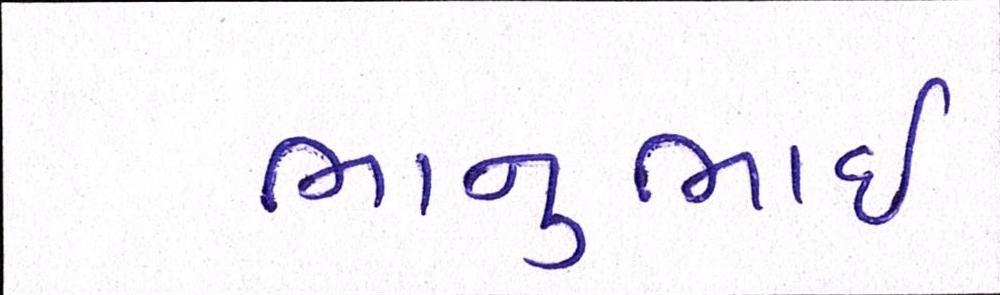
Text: ભાનુભાઈ